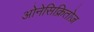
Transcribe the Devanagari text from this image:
ओनेसिक्रितोज़